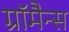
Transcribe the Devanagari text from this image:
ग्रॉमैन्स